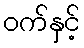
ဝက်နှင့်